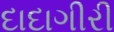
દાદાગીરી